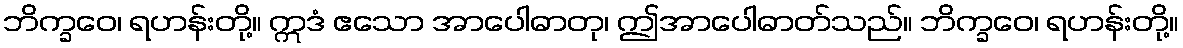
ဘိက္ခဝေ၊ ရဟန်းတို့။ ဣဒံ ဧသော အာပေါဓာတု၊ ဤအာပေါဓာတ်သည်။ ဘိက္ခဝေ၊ ရဟန်းတို့။